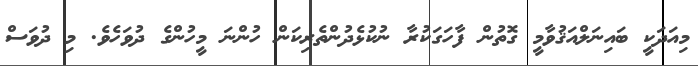
މިއަދަކީ ބައިނަލްއަޤުވާމީ ގޮތުން ފާހަގަކުރާ ނުކުޅެދުންތެރިކަން ހުންނަ މީހުންގެ ދުވަހެވެ. މި ދުވަސް